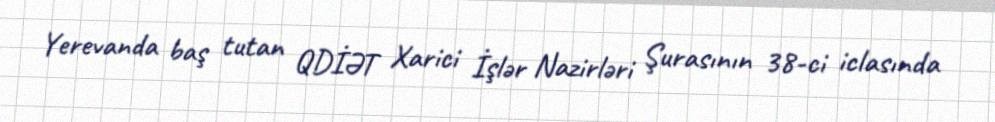
Yerevanda baş tutan QDİƏT Xarici İşlər Nazirləri Şurasının 38-ci iclasında